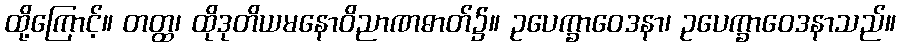
ထို့ကြောင့်။ တတ္ထ၊ ထိုဒုတိယမနောဝိညာဏဓာတ်၌။ ဥပေက္ခာဝေဒနာ၊ ဥပေက္ခာဝေဒနာသည်။